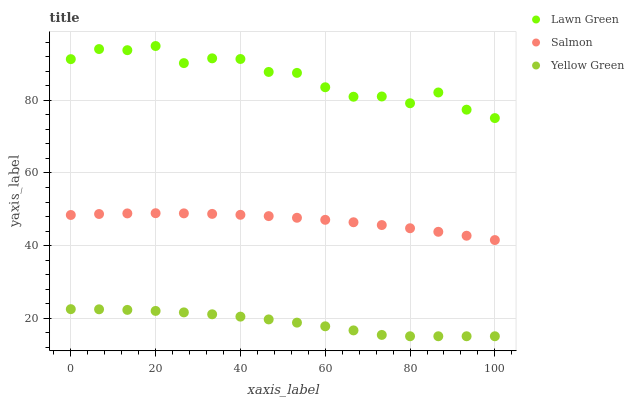
| xaxis_label | Lawn Green | Salmon | Yellow Green |
 | --- | --- | --- | --- |
 | 0 | 91.4 | 48.4 | 22.5 |
 | 6.67 | 94.2 | 48.7 | 22.4 |
 | 13.3 | 93.9 | 48.9 | 22.3 |
 | 20 | 95 | 48.9 | 22 |
 | 26.7 | 90.3 | 48.9 | 21.6 |
 | 33.3 | 91.6 | 48.7 | 21.1 |
 | 40 | 91.4 | 48.5 | 20.4 |
 | 46.7 | 87.9 | 48.1 | 19.6 |
 | 53.3 | 87.6 | 47.7 | 18.8 |
 | 60 | 83.6 | 47.1 | 17.7 |
 | 66.7 | 81 | 46.4 | 16.6 |
 | 73.3 | 81.1 | 45.7 | 15.4 |
 | 80 | 79.2 | 44.8 | 15 |
 | 86.7 | 82.2 | 43.8 | 15 |
 | 93.3 | 77.5 | 42.7 | 15 |
 | 100 | 75.1 | 41.5 | 15 |